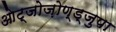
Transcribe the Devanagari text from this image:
ओट्जोज़ोण्ड्जुपा